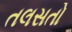
તલસતો